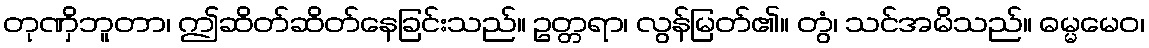
တုဏှိဘူတာ၊ ဤဆိတ်ဆိတ်နေခြင်းသည်။ ဥတ္တရာ၊ လွန်မြတ်၏။ တွံ၊ သင်အမိသည်။ ဓမ္မမေဝ၊